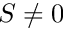
S \ne 0